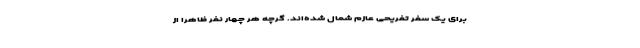
برای یک سفر تفریحی عازم شمال شده‌اند. گرچه هر چهار نفر ظاهراً از